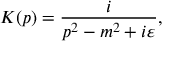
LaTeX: K ( p ) = { \frac { i } { p ^ { 2 } - m ^ { 2 } + i \varepsilon } } ,